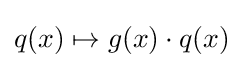
q(x)\mapsto g(x)\cdot q(x)